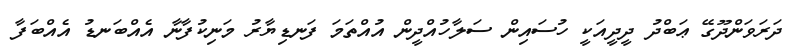
ދަރަވަންދޫގޭ ޢަބްދު ދީދީއަކީ ހުސައިން ސަލާހުއްދީން އުއްތަމަ ފަނޑިޔާރު މަނިކުފާނާ އެއްބަނޑު އެއްބަފާ